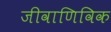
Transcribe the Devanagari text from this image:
जीवाणिविक